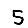
Digit: 5